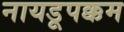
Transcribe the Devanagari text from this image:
नायडूपक्कम